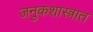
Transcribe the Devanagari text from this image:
जनुकशास्त्रात